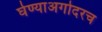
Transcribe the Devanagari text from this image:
घेण्याअगोदरच